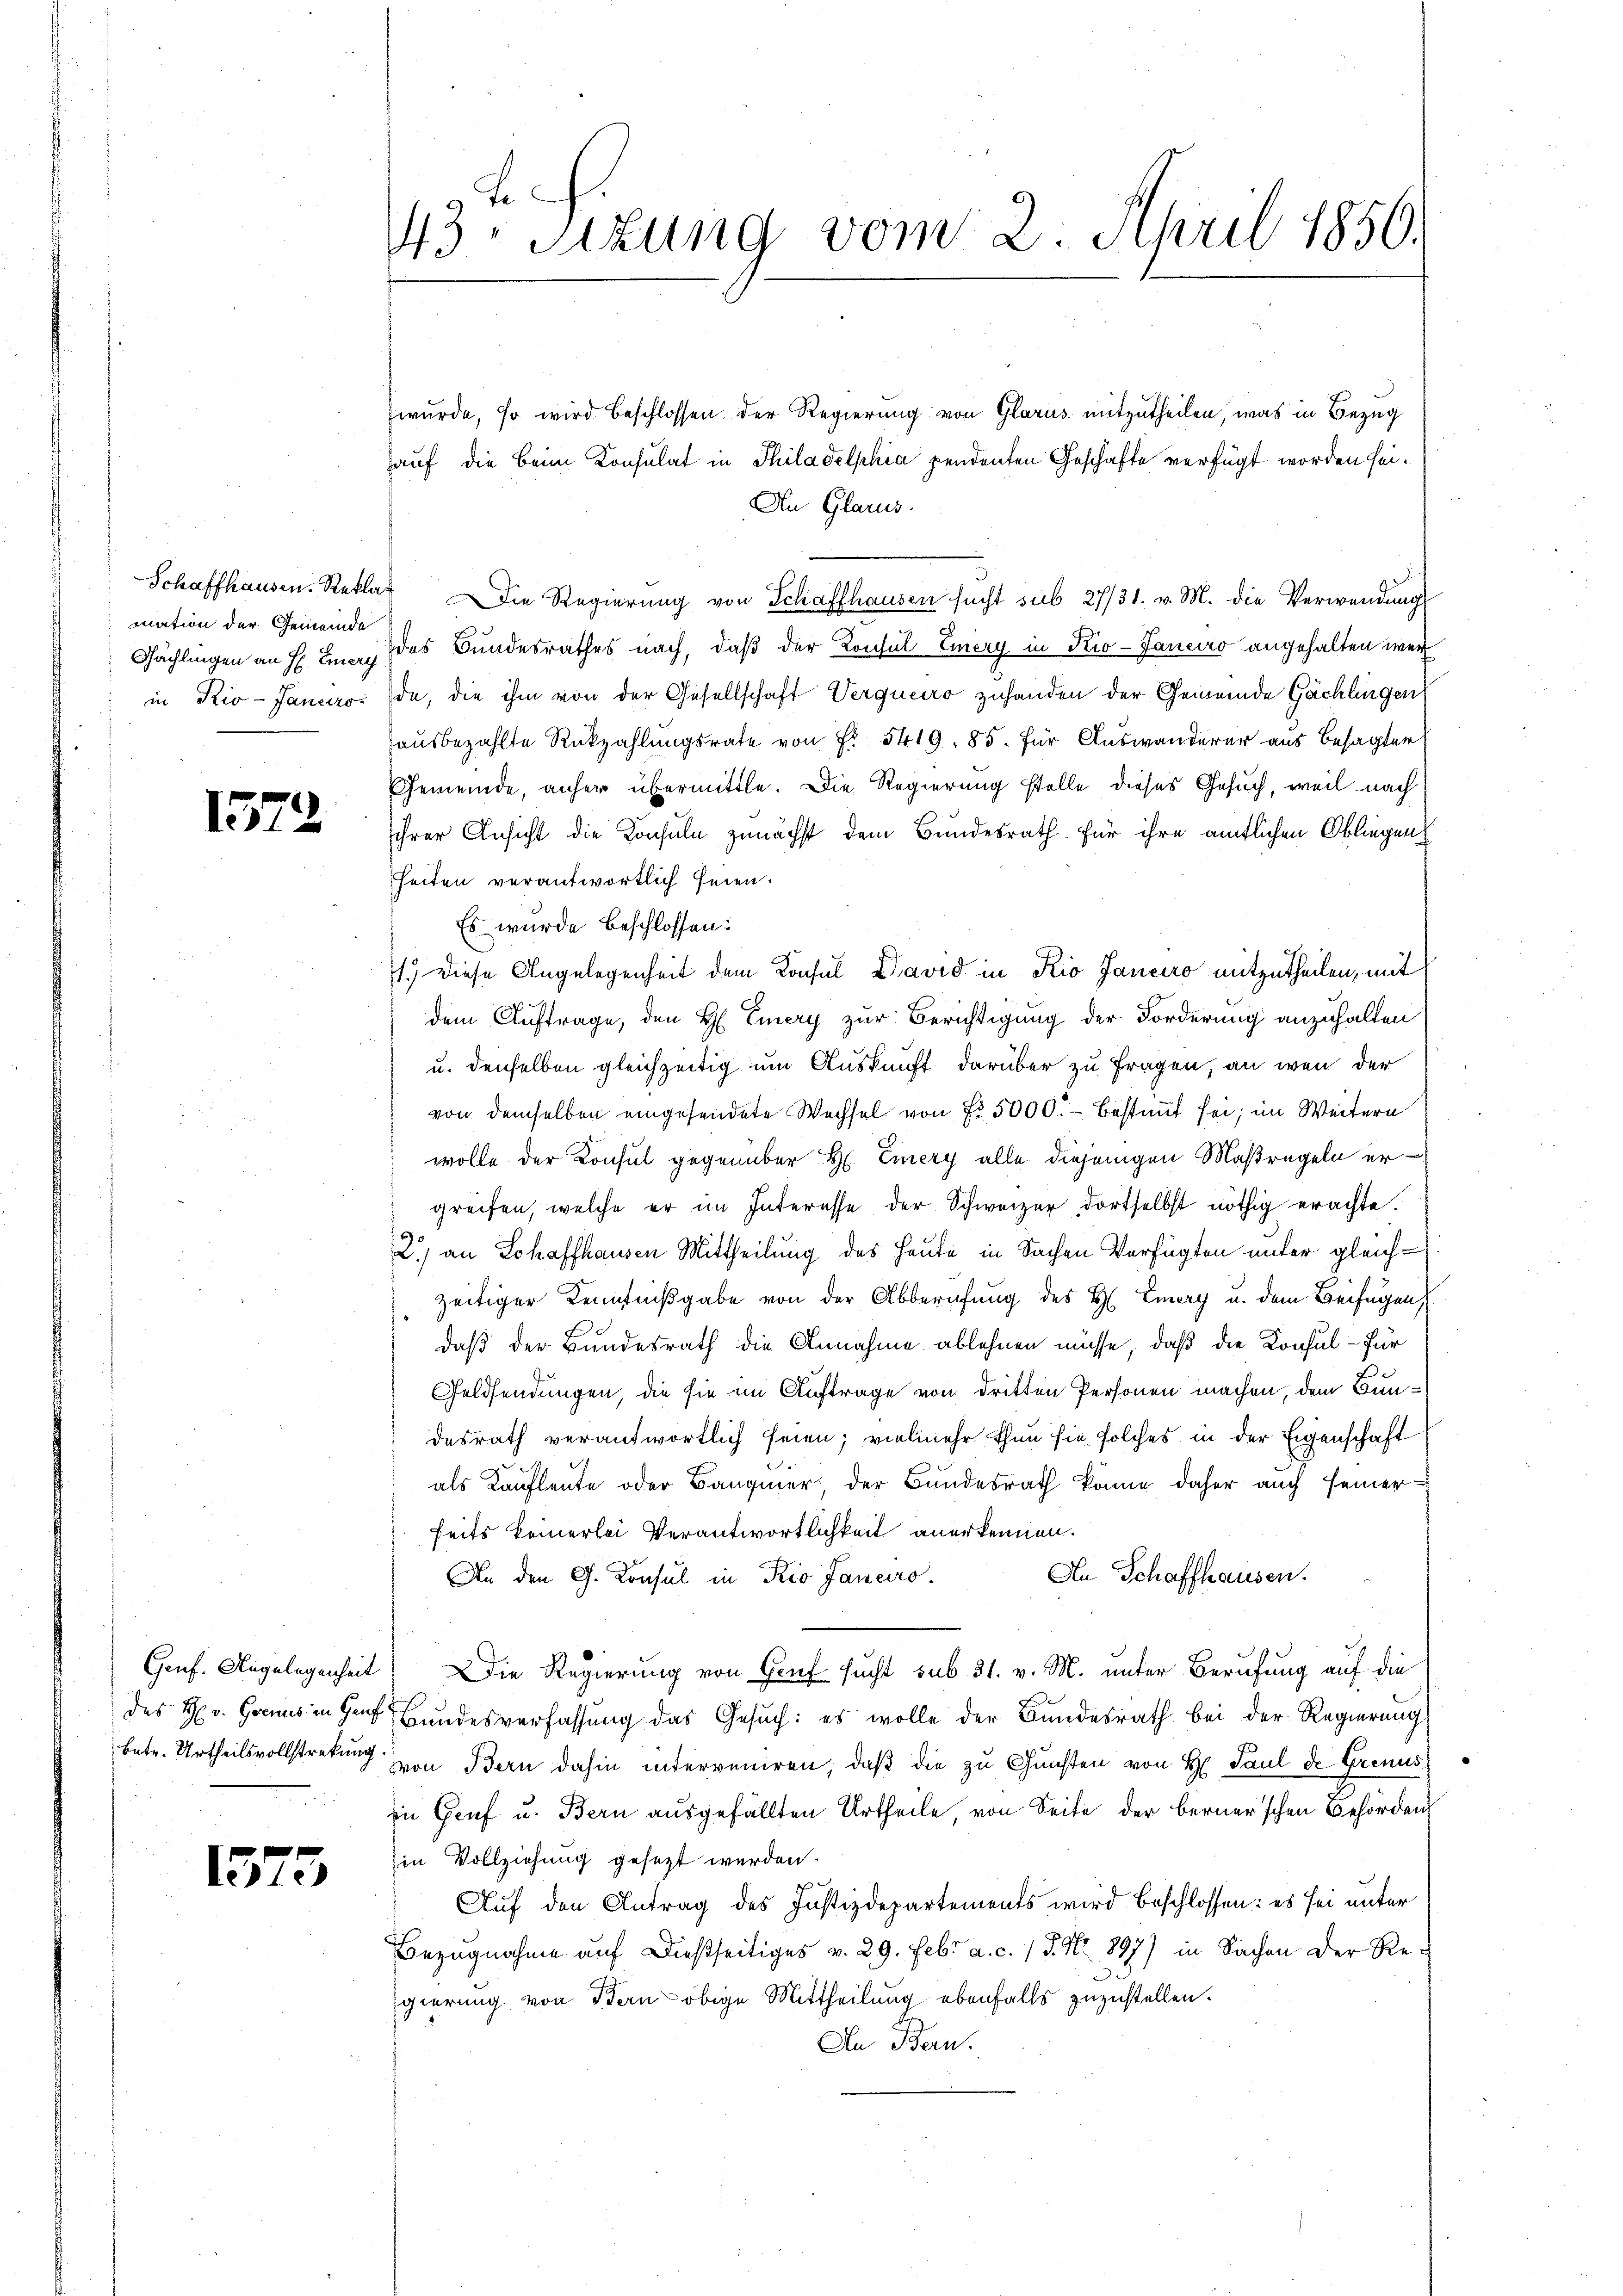
mation der Gemeinde
Schächlingen an H. Emay

15.

22

1373

43. Sitzung vom 2. April 1856.

wurde, so wird beschlossen. Der Regierung von Glarus mitzutheilen, was in Bezug
hauf die beim Konsulat in Thiladelphia pendenten Geschäfte verfügt worden sei.
An Glarus.
Schaffhausen. Reklar. Die Regierung von Schaffhausen sucht sub 27/31. v. M. die Verwendungs
des Bundesrathes nach, daß der Konsul Eiery in Kio-Janeiro angehalten wer
in Rio-Jancaro (da, die ihm von der Gesellschaft Verquero zuhanden der Gemeinde Gächlingen
ausbezahlte Rückzahlungsrate von Fr. 5419. 85. für Auswanderer aus Besagter
Gemeinde, anher übermittle. Die Regierung stelle dieses Gesuch, weil nach
Ihrer Ansicht die Konsuln zunächst dem Bundesrath für ihre amtlichen Obliegen
heiten verantwortlich seien.
Es wurde beschlossen:
1.) Diese Angelegenheit dem Konsul David in Kio Janeiro mitzutheilen, mit
dem Auftrage, den H Eiery zur Berichtigung der Forderung anzuhalten
u. denselben gleichzeitig um Auskunft darüber zu Fragen, an wen der
von demselben eingesendete Wechsel von Fr. 5000.- bestimmt sei; im Weitern
wolle der Konsul gegenüber H. Eiery alle diejenigen Maßregeln ergreifen, welche er im Interesse der Schweizer dortselbst nöthig erachte.
2.) an Schaffhausen Mittheilung des Heute in Sachen Verfügten unter gleichzeitiger Kenntnißgabe von der Abberufung des H. Emery u. dem Beifügen,
daß der Bundesrath die Annahme ablehnen müsse, daß die Konsul - für
Geldsendungen, die sie im Auftrage von dritten Personen machen, dem Bundesrath verantwortlich seien; vielmehr thun sie solches in der Eigenschaft
als Kaufleute oder Baugmer der Bundesrath könne daher auch seiner
seits keinerlei Verantwortlichkeit anerkennen.
An Schaffhausen.
An den G. Konsul in Rio Janeiro
Genf. Angelegenheit) Die Regierung von Graf sucht sub 31. v. M. unter Berufung auf die
des Hr. Genus in Herr Bundesverfassung das Gesuch: es wolle der Bundesrath bei der Regierung
betr. Urtheilsvollstretung von Bern dahin interveniren, daß die zu Gunsten von H. Paul de Grenus
in Genf u. Bern ausgefällten Urtheile, von Seite der berner’schen Behörden
in Vollziehung gesezt werden.
p
Auf den Antrag des Justizdepartements wird beschlossen: es sei unter
Bezŭgnahme aŭf dießseitiges v. 29. Febr. a. c. 15. No 897) in Sachen der Re-
gierung von Bern obige Mittheilung ebenfalls zuzustellen.
In Bern.